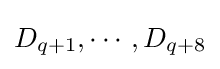
D_{q+1},\cdots ,D_{q+8}